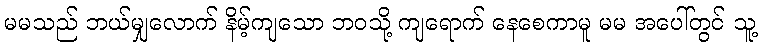
မမသည် ဘယ်မျှလောက် နိမ့်ကျသော ဘဝသို့ ကျရောက် နေစေကာမူ မမ အပေါ်တွင် သူ့